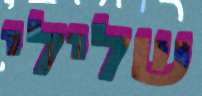
שלילי